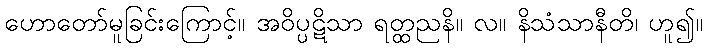
ဟောတော်မူခြင်းကြောင့်။ အဝိပ္ပဋိသာ ရတ္ထညနိ။ လ။ နိသံသာနီတိ၊ ဟူ၍။